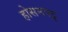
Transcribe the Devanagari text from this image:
होसनपट्ट